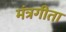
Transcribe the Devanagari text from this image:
मंत्रगीता